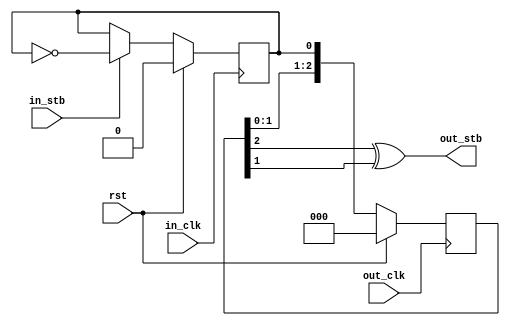
`timescale 1ns/1ps

module cross_clock_strobe (
  input         rst,
  input         in_clk,
  input         in_stb,

  input         out_clk,
  output        out_stb
);

//parameters
//registers/wires
reg             toggle_stb;
reg       [2:0] sync_out_clk;
//submodules
//asynchronous logic
assign          out_stb = (sync_out_clk[2] ^ sync_out_clk[1]);
//synchronous logic

always @ (posedge in_clk) begin
  if (rst) begin
    toggle_stb    <=  0;
  end
  else begin
    if (in_stb) begin
      toggle_stb  <=  ~toggle_stb;
    end
  end
end

always @ (posedge out_clk) begin
  if (rst) begin
    sync_out_clk  <=  0;
  end
  else begin
    sync_out_clk  <=  {sync_out_clk[1:0], toggle_stb};
  end
end

endmodule